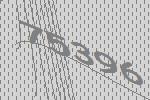
75396